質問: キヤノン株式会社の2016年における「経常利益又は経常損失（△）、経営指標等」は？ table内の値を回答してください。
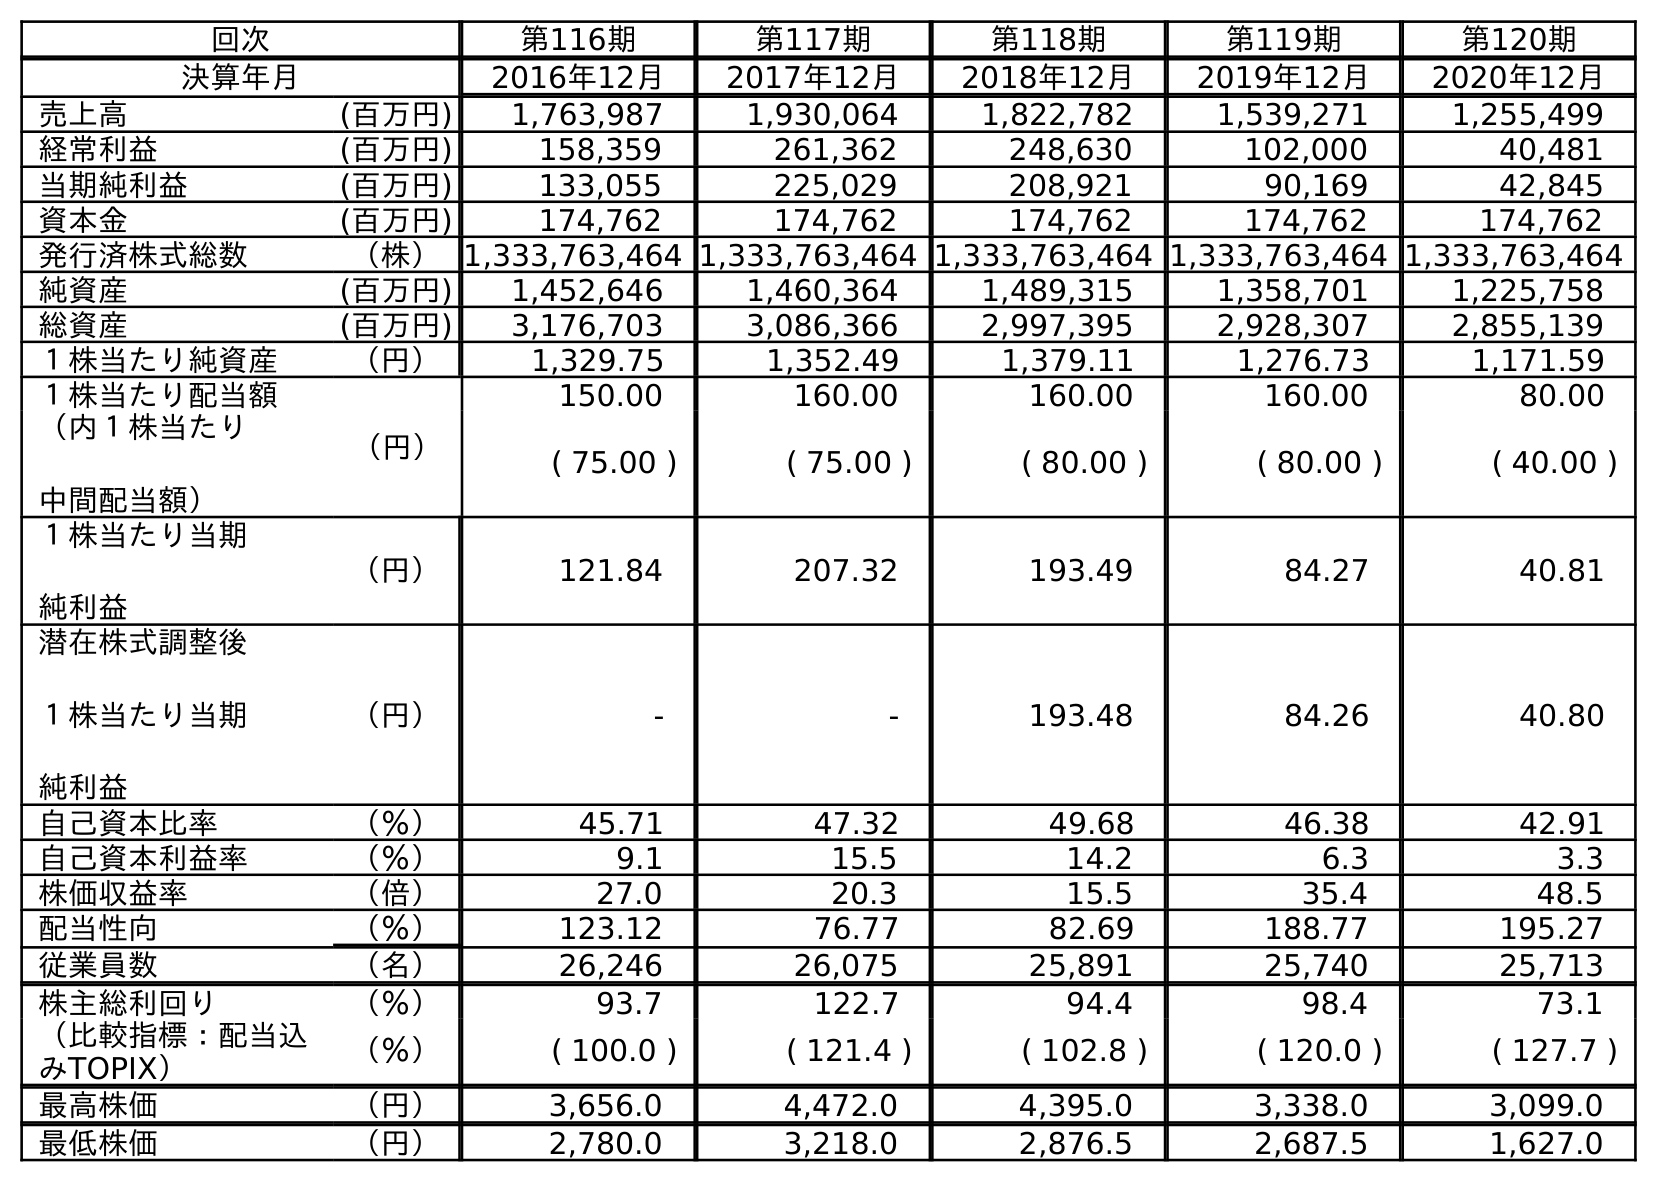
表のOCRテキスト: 回次 第116期 第117期 第118期 第119期 第120期 決算年月 2016年12月 2017年12月 2018年12月 2019年12月 2020年12月 売上高 (百万円) 1,763,987 1,930,064 1,822,782 1,539,271 1,255,499 経常利益 (百万円) 158,359 261,362 248,630 102,000 40,481 当期純利益 (百万円) 133,055 225,029 208,921 90,169 42,845 資本金 (百万円) 174,762 174,762 174,762 174,762 174,762 発行済株式総数 （株）1,333,763,464 1,333,763,464 1,333,763,464 1,333,763,464 1,333,763,464 純資産 (百万円) 1,452,646 1,460,364 1,489,315 1,358,701 1,225,758 総資産 (百万円) 3,176,703 3,086,366 2,997,395 2,928,307 2,855,139 １株当たり純資産 （円） 1,329.75 1,352.49 1,379.11 1,276.73 1,171.59 １株当たり配当額 （円） 150.00 160.00 160.00 160.00 80.00 （内１株当たり 中間配当額） ( 75.00 ) ( 75.00 ) ( 80.00 ) ( 80.00 ) ( 40.00 ) １株当たり当期 純利益 （円） 121.84 207.32 193.49 84.27 40.81 潜在株式調整後 １株当たり当期 純利益 （円） - - 193.48 84.26 40.80 自己資本比率 （％） 45.71 47.32 49.68 46.38 42.91 自己資本利益率 （％） 9.1 15.5 14.2 6.3 3.3 株価収益率 （倍） 27.0 20.3 15.5 35.4 48.5 配当性向 （％） 123.12 76.77 82.69 188.77 195.27 従業員数 （名） 26,246 26,075 25,891 25,740 25,713 株主総利回り （％） 93.7 122.7 94.4 98.4 73.1 （比較指標：配当込 みTOPIX） （％） ( 100.0 ) ( 121.4 ) ( 102.8 ) ( 120.0 ) ( 127.7 ) 最高株価 （円） 3,656.0 4,472.0 4,395.0 3,338.0 3,099.0 最低株価 （円） 2,780.0 3,218.0 2,876.5 2,687.5 1,627.0
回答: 158,359